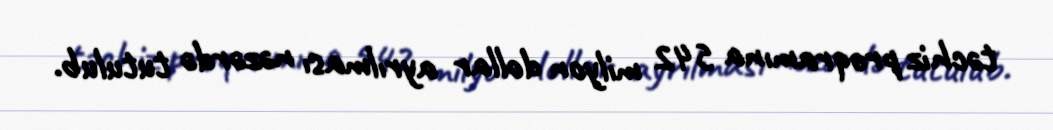
təchiz proqramına 542 milyon dollar ayrılması nəzərdə tutulub.